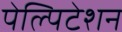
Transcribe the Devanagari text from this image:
पेल्पिटेशन